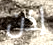
إذن